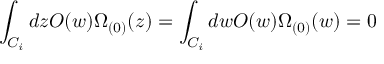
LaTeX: \int _ { C _ { i } } d z { \cal O } ( w ) \Omega _ { ( 0 ) } ( z ) = \int _ { C _ { i } } d w { \cal O } ( w ) \Omega _ { ( 0 ) } ( w ) = 0